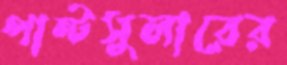
পান্টসুলারের